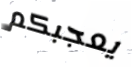
يعجبكم